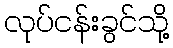
လုပ်ငန်းခွင်သို့